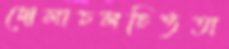
দোলাচলচিত্ততা